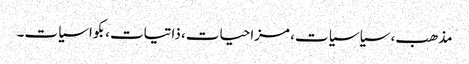
مذھب، سیاسیات، مزاحیات، ذاتیات،بکواسیات۔